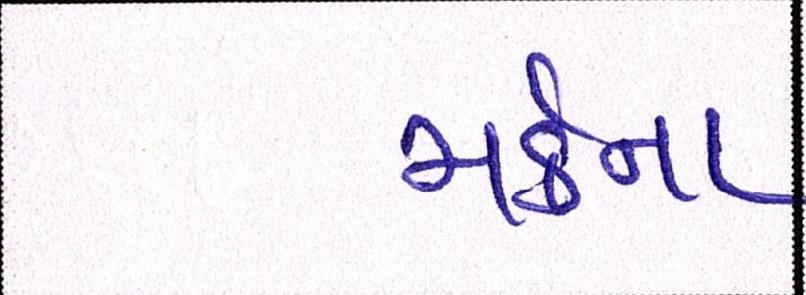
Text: મર્કના